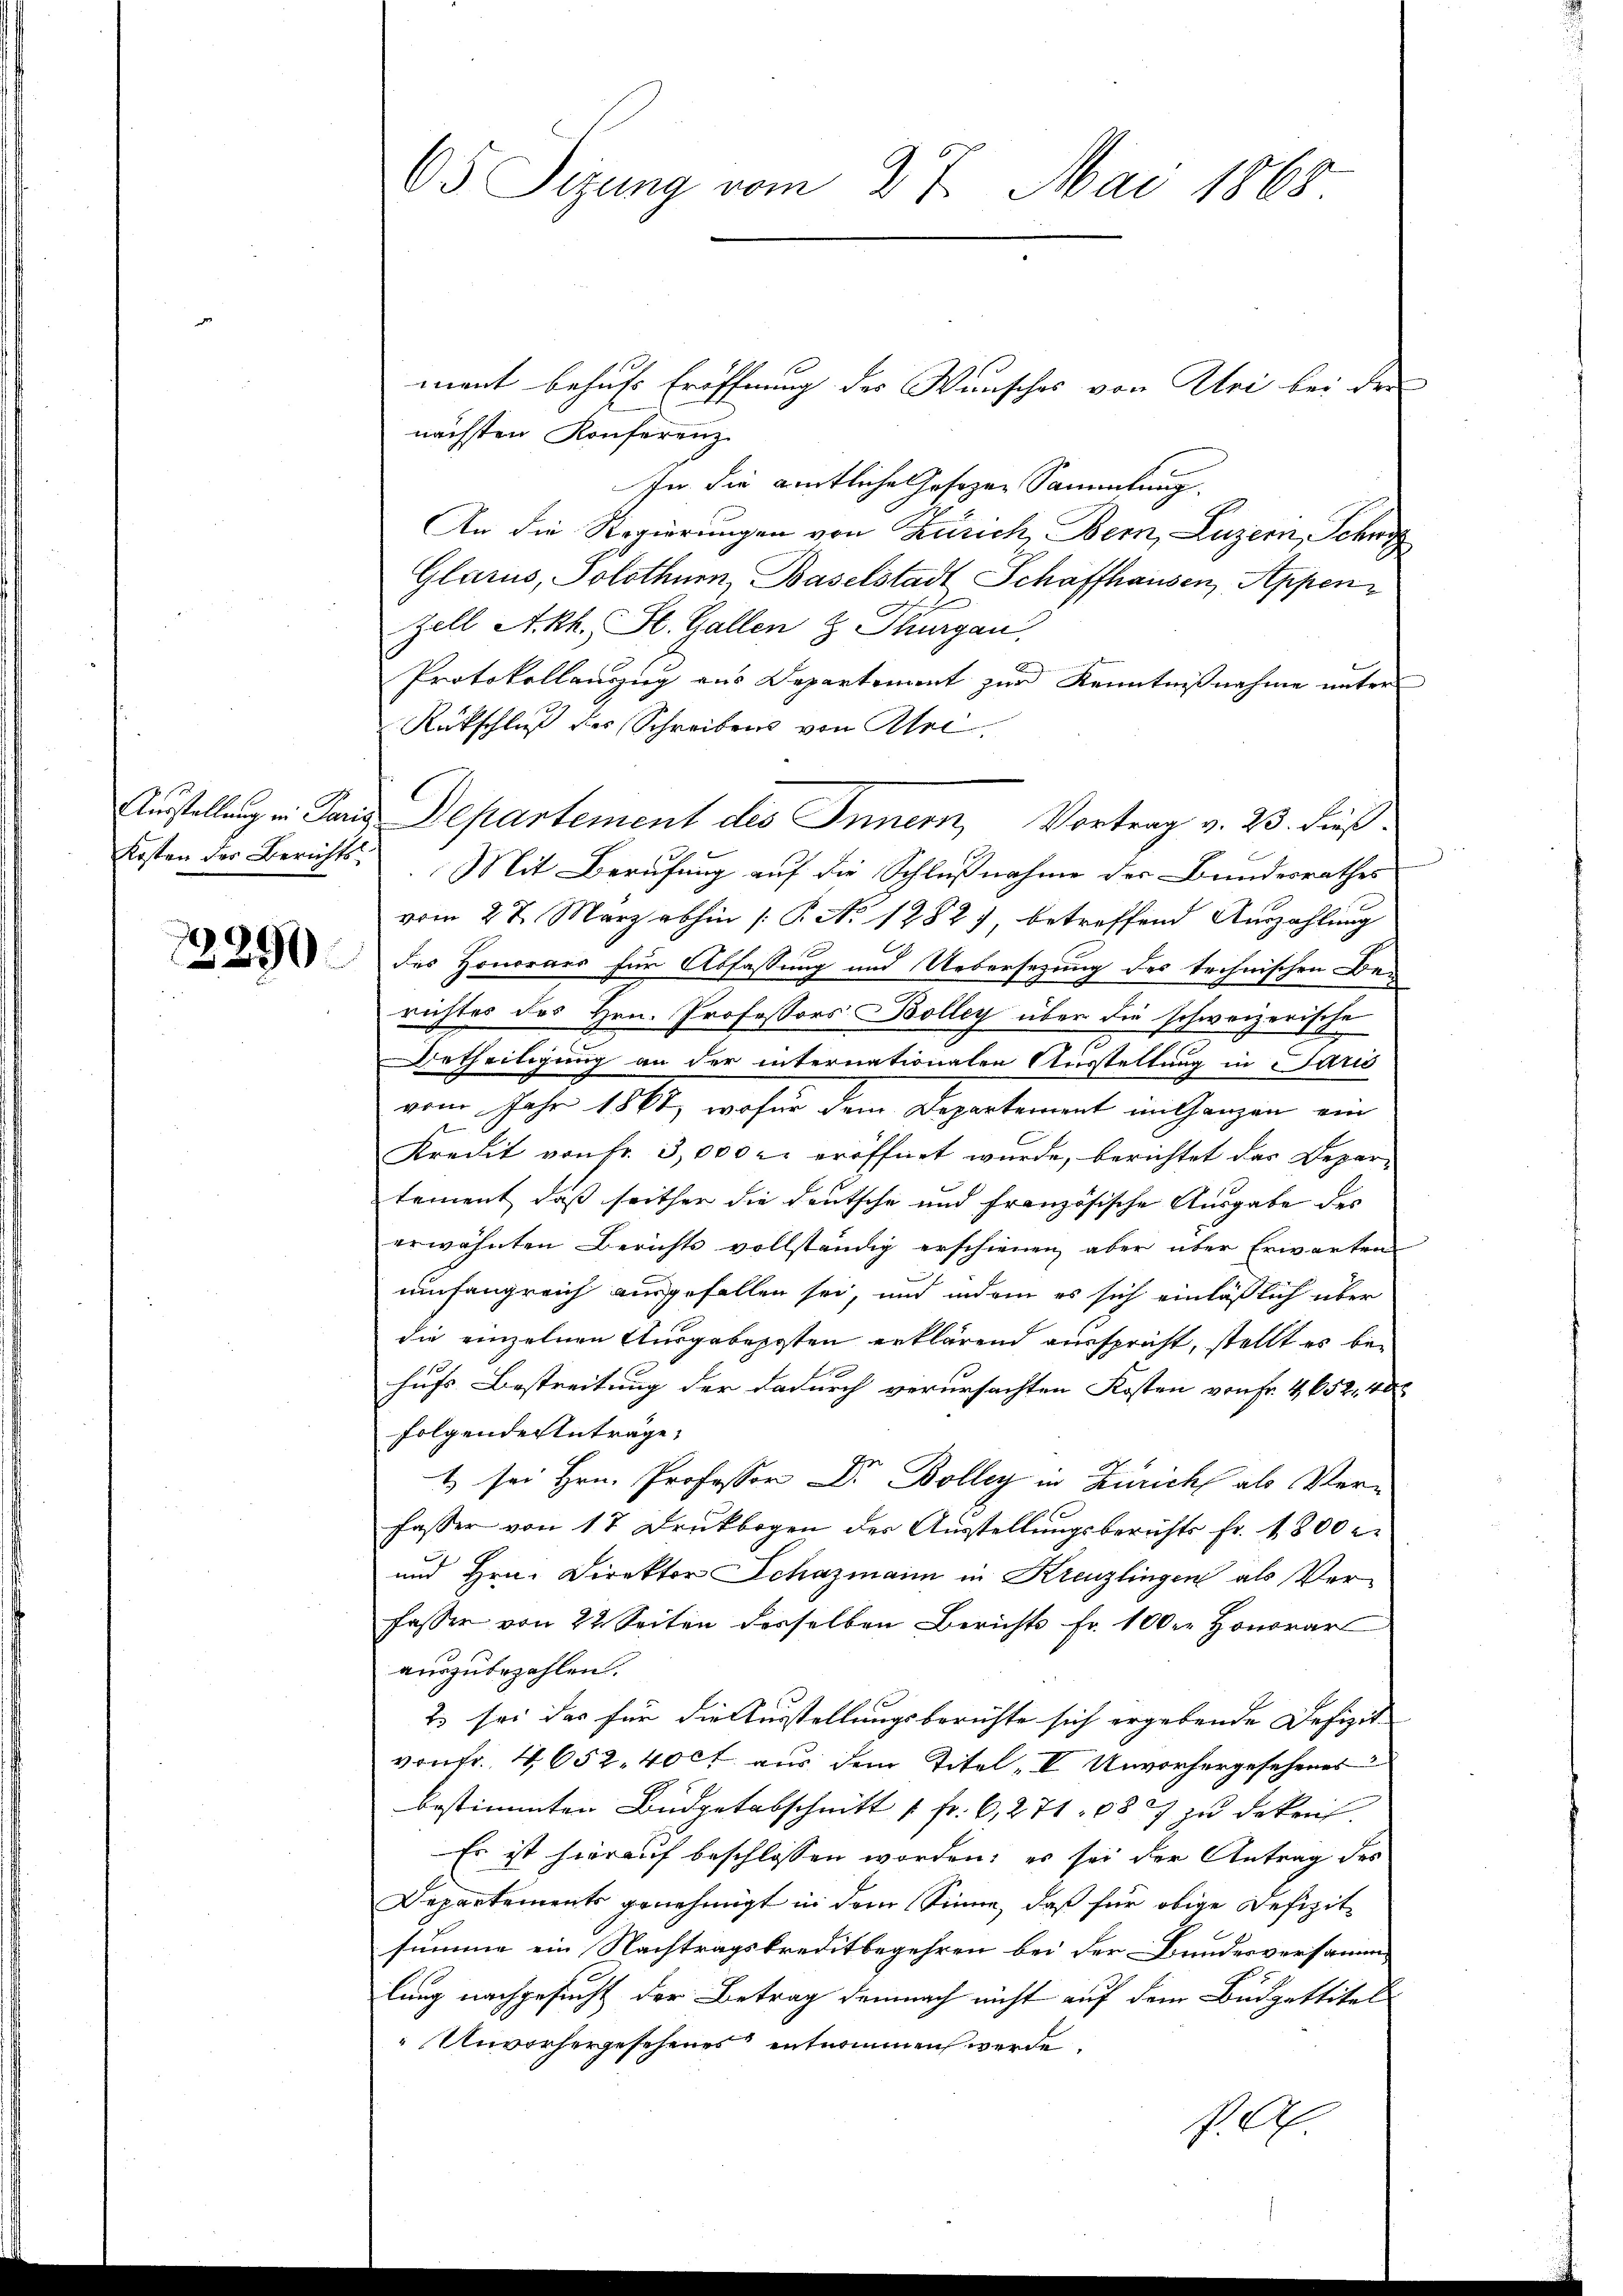
05 Sizung vom 27. Mai 1865

ment behufs Eröffnung des Wunsches von Uri bei der
nächsten Konferenz
In die amtliches Hofezen Sammlung.
An die Regierungen von Zürich, Bern, Luzern, Schwyz
Glarus, Solothurn, Baselstadt Schaffhausen, Appen¬
Zell Akk. St. Gallen z. Thurgau,
Protokollauszug aus Departement zur Kenntnißnahme unter
Rückschluß des Schreibens von Abre
Ausstellung in Paris Departement des Innern, Vortrag v. 23. dieß.
Kosten der Berichts. Mit Berufung auf die Schlußnahme der Bundesrathes
vom 27. März abhin /: P. No 1282), betreffend Auszahlung
 des Honorare für Abfassung und Uebersezung der technischen Berichtes des Hrn. Professors Bolleg über die schweizerische
Urtheiligung an der internationalen Ausstellung in Paris
vom Jahr 1861, wofür dem Departement im Ganzen ein
Kredit von Fr. 3,000 r. eröffnet wurde, berichtet das Depar-
tement, daß seither die deutsche und französische Ausgabe des
erwähnten Berichts vollständig erschienen aber über Erwarten
umfangreich ausgefallen sei, und indem es sich einläßlich über
die einzelnen Ausgabeposten erklärend ausspricht, stellt es behufs Bestreitung der dadurch verursachten Kosten von Fr. 4652. 40
folgende Anträge,
t sei Hrn. Professor Dr. Bolleg in Zürich als Verfasser von 17 Druckbogen der Ausstellungsberichts fr. 1800 e
E
und Hrn. Direktor Schazmann in Kreuzlingen als Verfasser von 22 Seiten desselben Berichts Fr. 100 Honorar
auszubezahlen.
2 sei das für die Ausstellungsberichte sich ergebende Defizit
von Fr. 4652. 40ct aus dem Titel, I Unvorhergesehener
bestimmten Budgetabschnitt 1 fr. 6, 271. 682 zu dekeit.
Es ist hierauf beschlossen worden; es sei der Antrag des
Departements genehmigt in dem Sinne, daß für obige Defizit
summe ein Nachtragskreditbegehren bei der Bundesversammlung nachgesucht der Betrag demnach nicht auf dem Budgettitel
Unvorhergesehenes entnommen werde.
P. A.